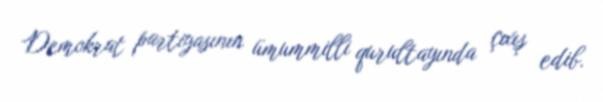
Demokrat partiyasının ümummilli qurultayında çıxış edib.